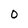
Character: 0